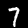
Label: 7